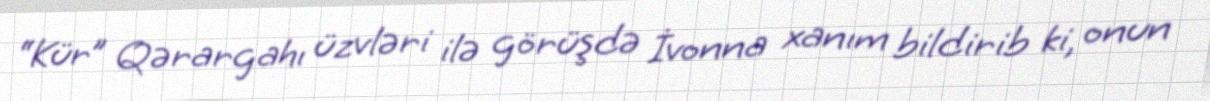
“Kür” Qərargahı üzvləri ilə görüşdə İvonna xanım bildirib ki, onun